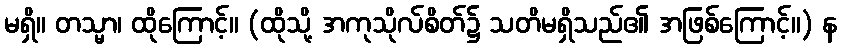
မရှိ။ တသ္မာ၊ ထိုကြောင့်။ (ထိုသို့ အကုသိုလ်စိတ်၌ သတိမရှိသည်၏ အဖြစ်ကြောင့်။) န